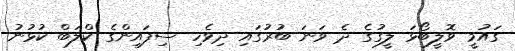
ގައުމީ ވޮލީބޯޅަ ލީގުގެ ދެ ވަނަ ބުރުގައި ދިވެހި ސިފައިންގެ ކްލަބް ކުޅުނު